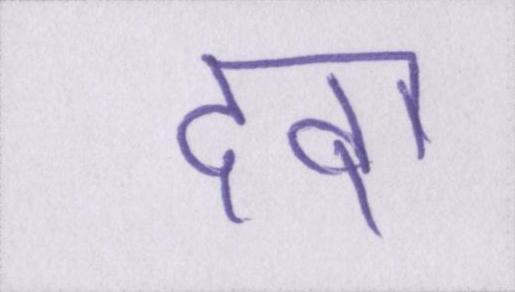
दवा